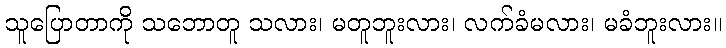
သူပြောတာကို သဘောတူ သလား၊ မတူဘူးလား၊ လက်ခံမလား၊ မခံဘူးလား။